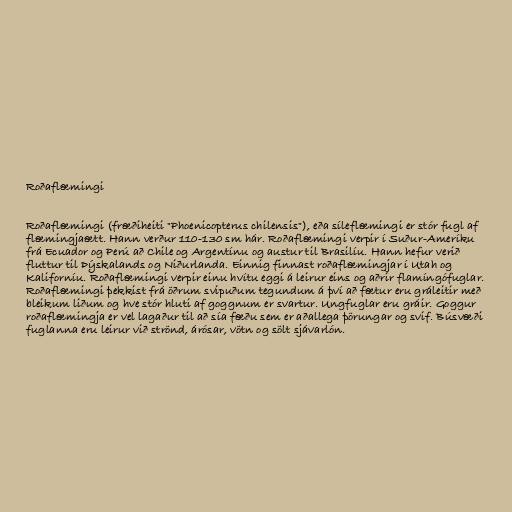
Roðaflæmingi

Roðaflæmingi (fræðiheiti "Phoenicopterus chilensis"), eða síleflæmingi er stór fugl af
flæmingjaætt. Hann verður 110-130 sm hár. Roðaflæmingi verpir í Suður-Ameríku
frá Ecuador og Perú að Chile og Argentínu og austur til Brasilíu. Hann hefur verið
fluttur til Þýskalands og Niðurlanda. Einnig finnast roðaflæmingjar í Utah og
Kaliforníu. Roðaflæmingi verpir einu hvítu eggi á leirur eins og aðrir flamíngófuglar.
Roðaflæmingi þekkist frá öðrum svipuðum tegundum á því að fætur eru gráleitir með
bleikum liðum og hve stór hluti af goggnum er svartur. Ungfuglar eru gráir. Goggur
roðaflæmingja er vel lagaður til að sía fæðu sem er aðallega þörungar og svif. Búsvæði
fuglanna eru leirur við strönd, árósar, vötn og sölt sjávarlón.